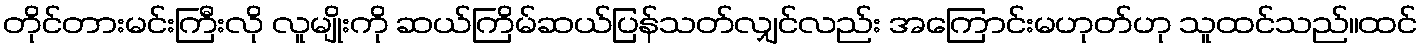
တိုင်တားမင်းကြီးလို လူမျိုးကို ဆယ်ကြိမ်ဆယ်ပြန်သတ်လျှင်လည်း အကြောင်းမဟုတ်ဟု သူထင်သည်။ထင်